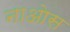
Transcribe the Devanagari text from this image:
नाओस